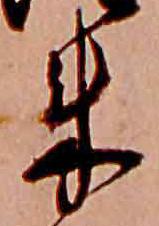
来